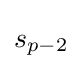
{\begin{aligned}s_{p-2}\end{aligned}}